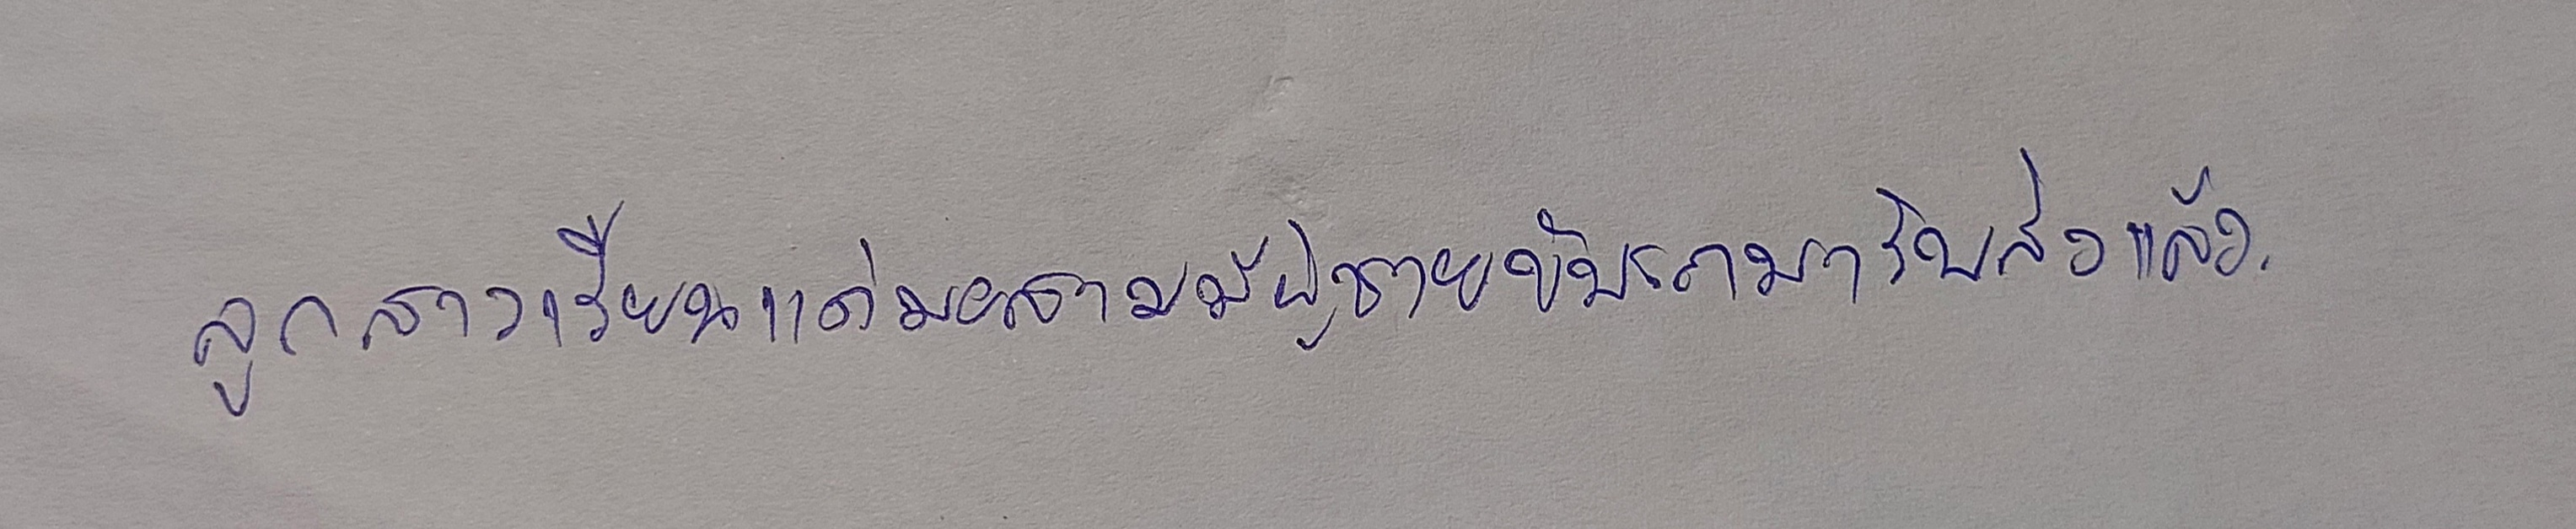
ลูกสาวเรียนแค่มอสามมีผู้ชายขับรถมารับส่งแล้ว